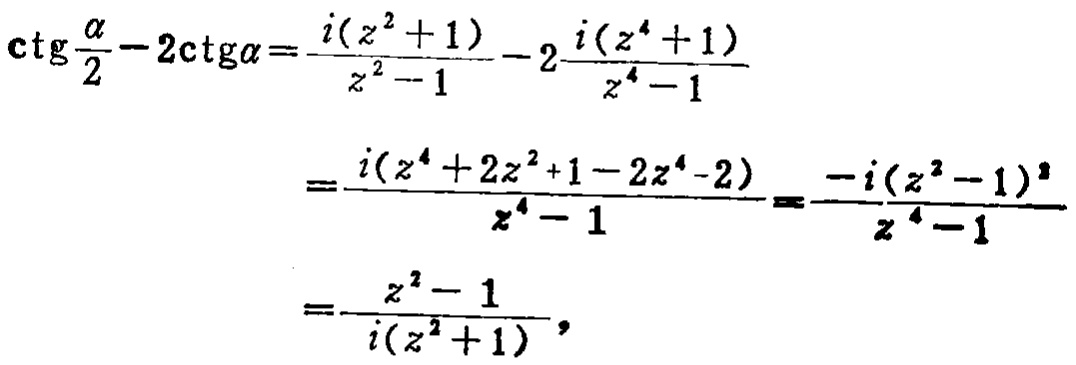
\[
\begin{align*}
\mathrm{ctg}\frac{\alpha}{2}-2\mathrm{ctg}\alpha&=\frac{i(z^{2}+1)}{z^{2}-1}-2\frac{i(z^{4}+1)}{z^{4}-1}\\
&=\frac{i(z^{4}+2z^{2}+1 - 2z^{4}-2)}{z^{4}-1}=\frac{-i(z^{2}-1)^{2}}{z^{4}-1}\\
&=\frac{z^{2}-1}{i(z^{2}+1)},
\end{align*}
\]